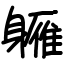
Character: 軅